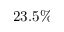
2 3 . 5 \%